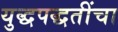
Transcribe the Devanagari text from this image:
युद्धपद्धतींचा